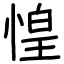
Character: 惶